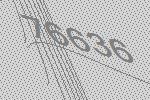
76636